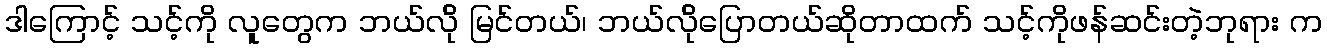
ဒါကြောင့် သင့်ကို လူတွေက ဘယ်လ်ို မြင်တယ်၊ ဘယ်လ်ိုပြောတယ်ဆိုတာထက် သင့်ကိုဖန်ဆင်းတဲ့ဘုရား က